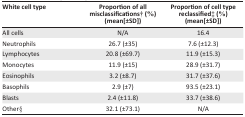
| White cell type | Proportion of all misclassifications† (%) (mean[±SD]) | Proportion of cell type reclassified‡ (%) (mean[±SD]) |
 | --- | --- | --- |
 | All cells | N/A | 16.4 |
 | Neutrophils | 26.7 (±35) | 7.6 (±12.3) |
 | Lymphocytes | 20.8 (±69.7) | 11.9 (±15.3) |
 | Monocytes | 11.9 (±15) | 28.9 (±31.7) |
 | Eosinophils | 3.2 (±8.7) | 31.7 (±37.6) |
 | Basophils | 2.9 (±7) | 93.5 (±23.1) |
 | Blasts | 2.4 (±11.8) | 33.7 (±38.6) |
 | Other§ | 32.1 (±73.1) | N/A |